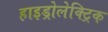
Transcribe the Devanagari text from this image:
हाइड्रोलेक्ट्रिक